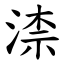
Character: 渿